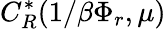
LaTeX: C_{R}^{*}(1/\beta\Phi_{r},\mu)